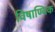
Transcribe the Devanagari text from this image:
विषाण्विक